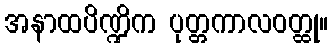
အနာထပိဏ္ဍိက ပုတ္တကာလဝတ္ထု။